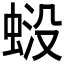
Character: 𧋶